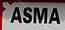
asma